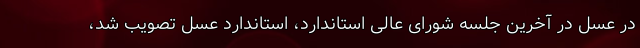
در عسل در آخرین جلسه شورای عالی استاندارد، استاندارد عسل تصویب شد،